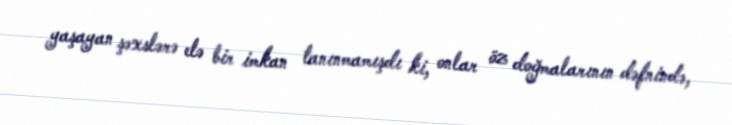
yaşayan şəxslərə elə bir imkan tanınmamışdı ki, onlar öz doğmalarının dəfnində,